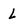
Character: l